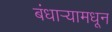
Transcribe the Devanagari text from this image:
बंधार्‍यामधून